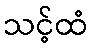
သင့်ထံ